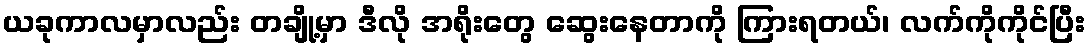
ယခုကာလမှာလည်း တချို့မှာ ဒီလို အရိုးတွေ ဆွေးနေတာကို ကြားရတယ်၊ လက်ကိုကိုင်ပြီး